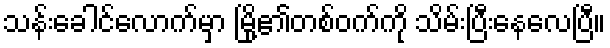
သန်းခေါင်လောက်မှာ မြို့၏တစ်ဝက်ကို သိမ်းပြီးနေလေပြီ။